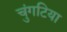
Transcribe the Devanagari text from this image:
चुंगटिया